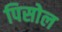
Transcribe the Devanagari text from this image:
पिसोल